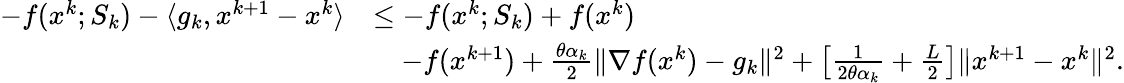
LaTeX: \begin{array}{rl}{-f(x^{k};S_{k})-\langle g_{k},x^{k+1}-x^{k}\rangle}&{\leq-f(x^{k};S_{k})+f(x^{k})}\\ &{\quad-f(x^{k+1})+\frac{\theta\alpha_{k}}{2}\| \nabla f(x^{k})-g_{k}\| ^{2}+\big[\frac{1}{2\theta\alpha_{k}}+\frac{L}{2}\big]\| x^{k+1}-x^{k}\| ^{2}.}\end{array}